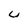
Character: U